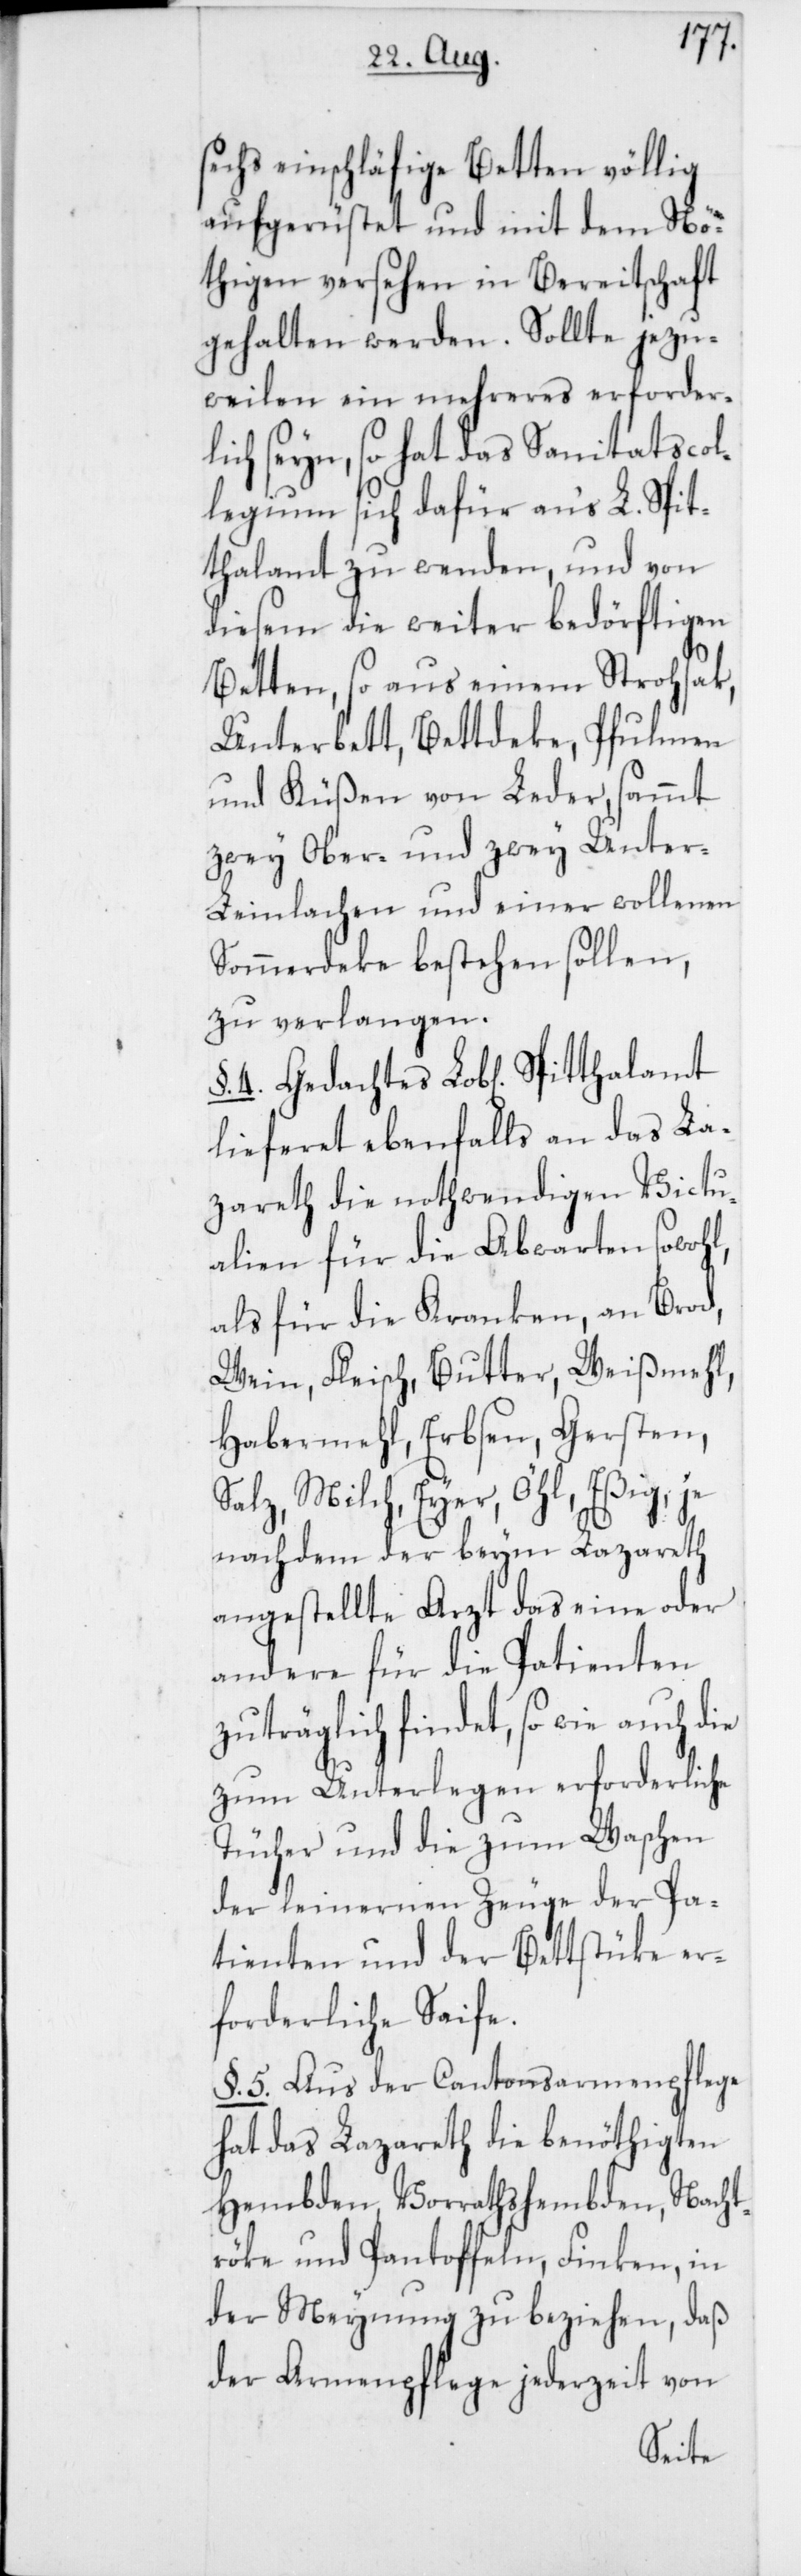
sechs einschläfige Betten völlig
aufgerüstet und mit dem Nö¬
thigen versehen in Bereitschaft
gehalten werden. Sollte jezu¬
weilen ein mehreres erforderl¬
ich seyn, so hat das Sanitätscol¬
legium sich dafür ans L. Spit¬
thalamt zu wenden, und von
diesem die weiter bedörftigen
Betten, so aus einem Strohsak,
Unterbett, Bettdeke, Pfulmen
und Küßen von Leder, sammt
zwey Ober- und zwey Unter-L¬
einlachen und einer wollenen
Sommerdeke bestehen sollen,
zu verlangen.
§. 4. Gedachtes Lob[liches]
lieferet ebenfalls an das La¬
zareth die nothwendigen Victu¬
alien für die Abwarten sowohl,
als für die Kranken, an Brod,
Wein, Fleisch, Butter, Weißmehl,
Habermehl, Erbsen, Gersten,
Salz, Milch, Eyer, Öhl, Eßig, je
nachdem der beym Lazareth
angestellte Arzt das eine oder
andere für die Patienten
zuträglich findet, so wie auch
zum Unterlegen erforderliche
Tücher und die zum Waschen
der leinernen Zeuge der Pa¬
tienten und der Bettstüke er¬
forderliche Seife.
§. 5. Aus der Cantonsarmenpflege
hat das Lazareth die benöthigten
Hemden, Vorrathshemden, Nacht¬
röke und Pantoffeln, Finken; in
der Meynung zu beziehen, daß
der Armenpflege jederzeit von